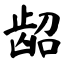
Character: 龆